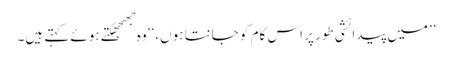
’’میں پیدائشی طور پر اس کام کو جانتا ہوں،‘‘ وہ جھجھکتے ہوئے کہتے ہیں۔